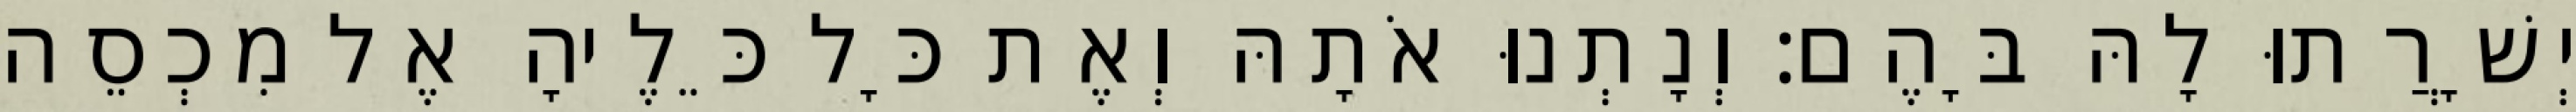
יְשָׁרֲתוּ לָהּ בָּהֶם׃ וְנָתְנוּ אֹתָהּ וְאֶת כָּל כֵּלֶיהָ אֶל מִכְסֵה